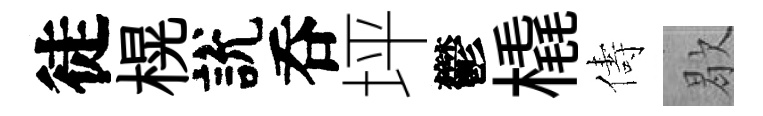
徒榥說呑坪鬱橇儔歇